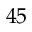
4 5